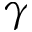
\gamma